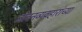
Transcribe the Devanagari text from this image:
जीवनव्यवहारांच्या